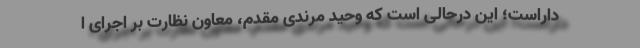
داراست؛ این درحالی است که وحید مرندی مقدم، معاون نظارت بر اجرای ا